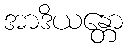
အာဒိယန္တော